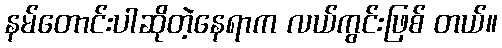
နမ်တောင်းပါဆိုတဲ့နေရာက လယ်ကွင်းဖြစ် တယ်။